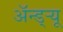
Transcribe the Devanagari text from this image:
अॅन्ड्‌र्‍यू